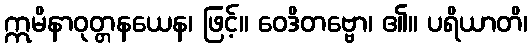
ဣမိနာဝုတ္တနယေန၊ ဖြင့်။ ဝေဒိတဗ္ဗော၊ ၏။ ပရိယာတိ၊